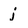
Character: j